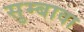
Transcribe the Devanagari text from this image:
सुम्बावा